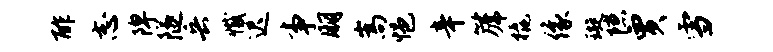
酢志陴隧兵撼迟事朋嵩悒辛篪橇像璇隙贾雪